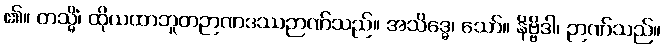
၏။ တသ္မိံ၊ ထိုယထာဘူတဉာဏဒဿဉာဏ်သည်။ အသိဒ္ဓေ၊ သော်။ နိဗ္ဗိဒါ၊ ဉာဏ်သည်။